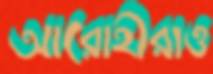
আরোহীরাও